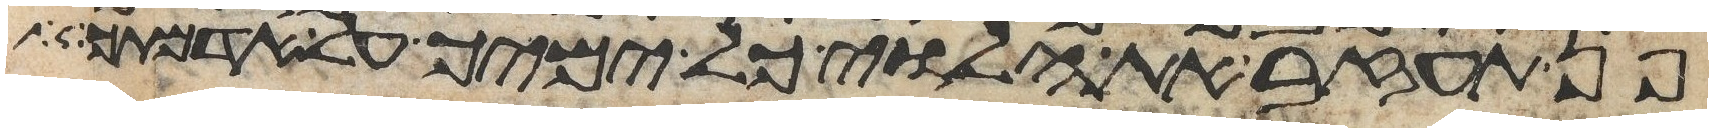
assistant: פן תעזב את הלוי כל ימיך על אדמתך